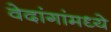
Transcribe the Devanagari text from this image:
वेदांगांमध्ये